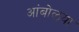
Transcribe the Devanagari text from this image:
आंबोळ्या